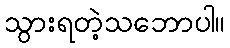
သွားရတဲ့သဘောပါ။